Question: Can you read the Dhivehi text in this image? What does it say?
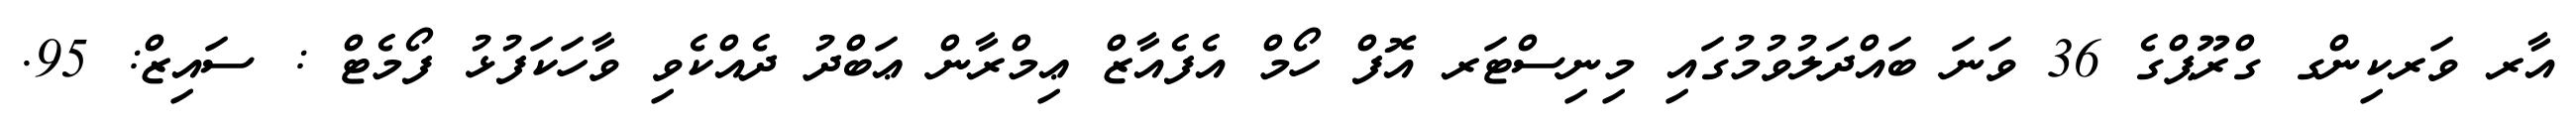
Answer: އާރ ވަރކިންގ ގްރޫޕްގެ 36 ވަނަ ބައްދަލުވުމުގައި މިނިސްޓަރ އޮފް ހޯމް އެފެއާޒް ޢިމްރާން ޢަބްދު ދެއްކެވި ވާހަކަފުޅު ފޯމެޓް : ސައިޒް: 95.